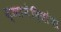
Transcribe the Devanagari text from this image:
ज्ञानेंदियांचा